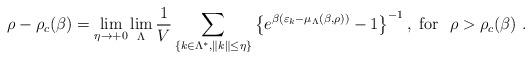
LaTeX: \begin{align*}\rho -\rho_{c}(\beta)= \lim_{\eta \rightarrow +0}\lim_{\Lambda }\frac{1}{V}\sum_{\left\{ k\in \Lambda^{\ast }, \left\| k\right\|\leq \eta \right\}}\left\{e^{\beta(\varepsilon_{k}- {\mu_{\Lambda}(\beta,\rho)})}- 1\right\}^{-1} , \ {\rm{for}} \ \ \rho > \rho_{c}(\beta) \ .\end{align*}